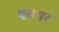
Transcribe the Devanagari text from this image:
पतथर